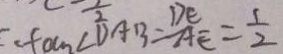
\tan \angle D A B = \frac { D E } { A E } = \frac { 1 } { 2 }